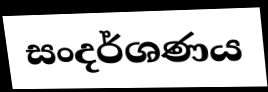
සංදර්ශණය